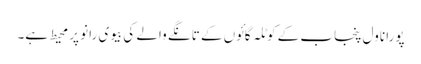
پورا ناول پنجاب کے کوٹلہ گائوں کے تانگے والے کی بیوی رانو پر محیط ہے۔